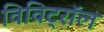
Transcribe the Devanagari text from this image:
विविट्रॉल